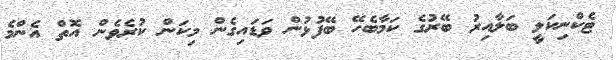
ޓެކްނިކަލީ ބަލާއިރު ބޭރުގެ ކަމާބެހޭ ބޭފުޅުން ވަޑައިގެން މިކަން ކުރެވެން އޮތް އެންމެ